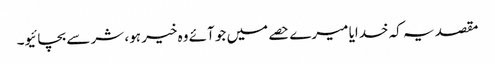
مقصد یہ کہ خدایا میرے حصے میں جو آئے وہ خیر ہو، شر سے بچائیو۔